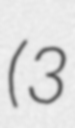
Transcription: (3